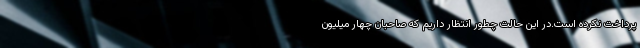
پرداخت نکرده است.در این حالت چطور انتظار داریم که صاحبان چهار میلیون